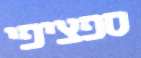
ספציפי